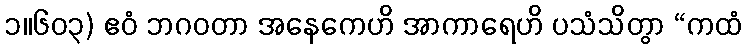
၁။၆၀၃) ဧဝံ ဘဂဝတာ အနေကေဟိ အာကာရေဟိ ပသံသိတွာ “ကထံ